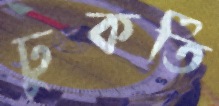
ঢুকতি